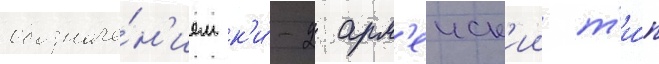
обозначе́н'ием к'и́-2 арм'еиск'ии т'и́п